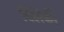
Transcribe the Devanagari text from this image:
क्लिकी